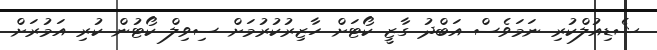
ޝެޑިއުލްކުރި ނަމަވެސް އަބްދު ގާޒީ ކޯޓަށް ހާޒިރުކުރުމަށް ސިވިލް ކޯޓުން ކުރި އަމުރަށް